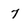
Character: 7